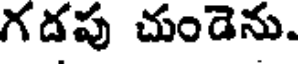
గడపు చుండెను.